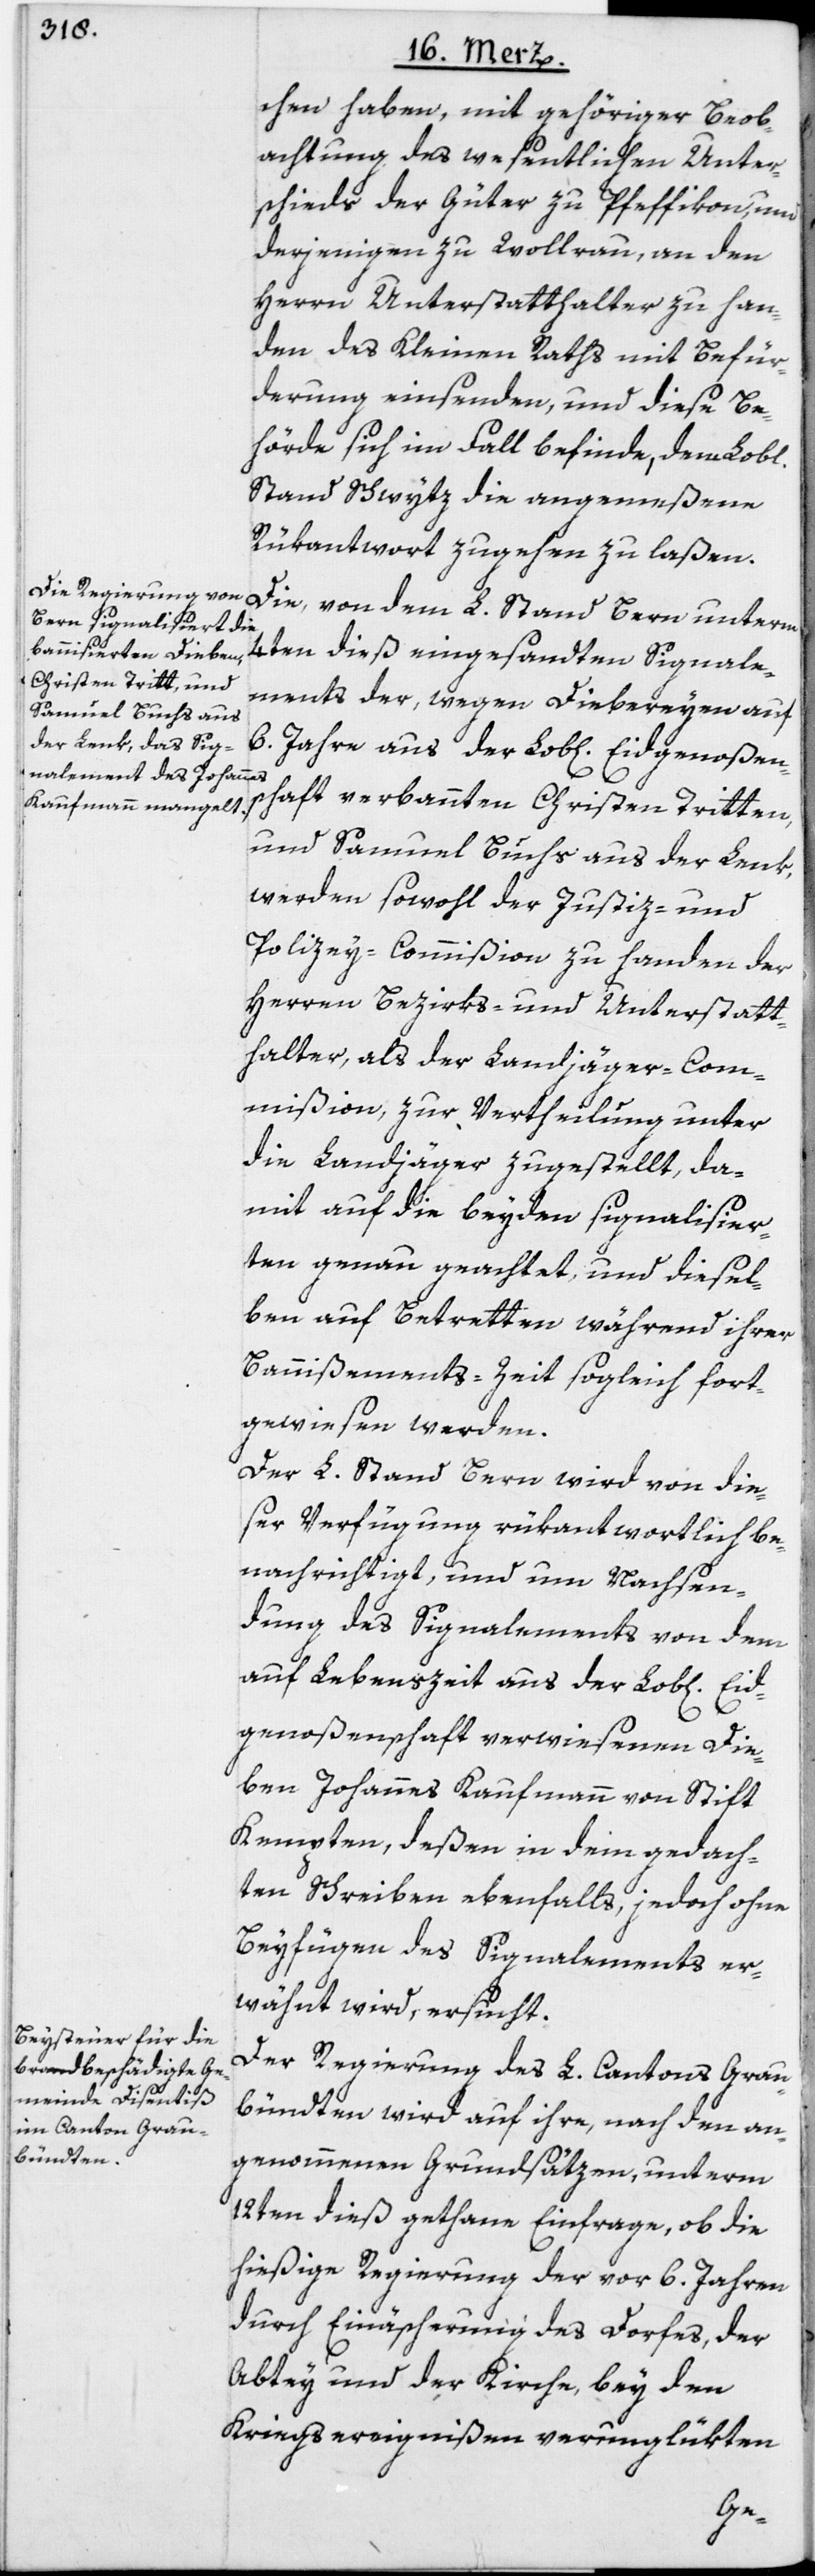
chen haben, mit gehöriger Beob¬
achtung des wesentlichen Unter¬
schieds der Güter zu Pfeffikon, und
derjenigen zu Wollrau, an den
Herrn Unterstatthalter zu han¬
den des Kleinen Raths mit Befür¬
derung einsenden, und diese Be¬
hörde sich im Fall befinde, dem Lobl.
Stand Schwytz die angemeßene
Rükantwort zugehen zu laßen.
Die, von dem L. Stand Bern unterm
4ten dieß eingesandten Signale¬
ments der, wegen Diebereyen auf
6. Jahre aus der Lob[lichen] Eidgenoßen¬
schaft verbannten Christen Tritten
und Samuel Buchs aus der Lenk,
werden sowohl der Justiz- und
Polizey-Commißion zu handen der
Herren Bezirks- und Unterstatt¬
halter, als der Landjäger-Com¬
mißion, zur Vertheilung unter
die Landjäger zugestellt, da¬
mit auf die beyden signalisier¬
ten genau geachtet, und diesel¬
ben auf Betretten während ihrer
Bannißements-Zeit sogleich fort¬
gewiesen werden.
Der L. Stand Bern wird von die¬
ser Verfügung rükantwortlich be¬
nachrichtigt, und um Nachsen¬
dung des Signalements von dem
auf Lebenszeit aus der Lob[lichen]
genoßenschaft verwiesenen Die¬
ben Johannes Kaufmann von Stift
Kempten, deßen in dem gedach¬
ten Schreiben ebenfalls, jedoch ohne
Beyfügen des Signalements er¬
wähnt wird, ersucht.
Der Regierung des L. Cantons Grau¬
bündten wird auf ihre, nach den an¬
genommenen Grundsätzen, unterm
12ten dieß gethane Einfrage, ob die
hießige Regierung der vor 6. Jahren
durch Einäscherung des Dorfes, der
Abtey und der Kirche, bey den
Kriegsereignißen verunglükten
Eid¬